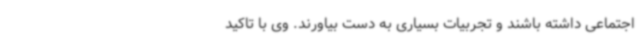
اجتماعی داشته باشند و تجربیات بسیاری به دست بیاورند. وی با تاکید